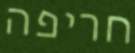
חריפה